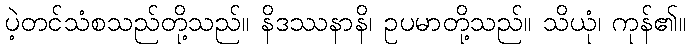
ပဲ့တင်သံစသည်တို့သည်။ နိဒဿနာနိ၊ ဥပမာတို့သည်။ သိယုံ၊ ကုန်၏။